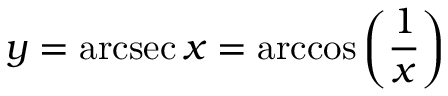
y = \operatorname { a r c s e c } x = \operatorname { a r c c o s } \left( { \frac { 1 } { x } } \right)